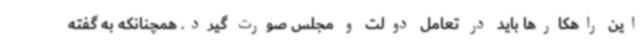
این راهکارها باید در تعامل دولت و مجلس صورت گیرد. همچنانکه به گفته